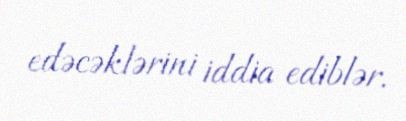
edəcəklərini iddia ediblər.